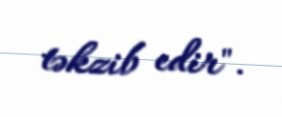
təkzib edir".